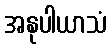
အနုပါယာသံ